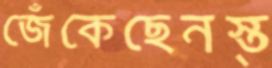
জেঁকেছেনস্ত্